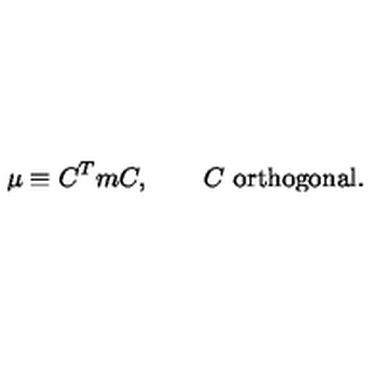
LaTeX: \mu \equiv C ^ { T } m C , \qquad C \ \mathrm { o r t h o g o n a l } .